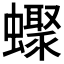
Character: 𧓏